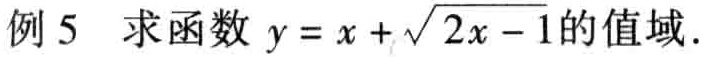
例 5 求函数 \(y = x+\sqrt{2x - 1}\)的值域.